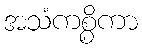
အသံကစ္စိကာ